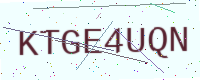
Text: KTGE4UQN